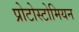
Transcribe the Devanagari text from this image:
प्रोटोस्टोमियन